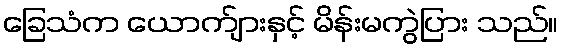
ခြေသံက ယောက်ျားနှင့် မိန်းမကွဲပြား သည်။